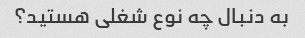
به دنبال چه نوع شغلی هستید؟